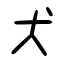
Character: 犬